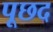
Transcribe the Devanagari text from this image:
पूछद